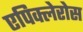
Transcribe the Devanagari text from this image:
एपिक्लेरोस